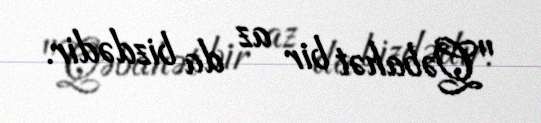
"Qəbahət bir az da bizdədir.